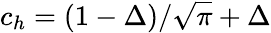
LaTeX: c_{h}=\left(1-\Delta\right)/\sqrt{\pi}+\Delta